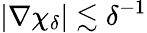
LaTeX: |\nabla\chi_{\delta}|\lesssim\delta^{-1}